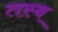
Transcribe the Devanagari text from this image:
तस्ब